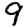
Digit: 9